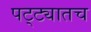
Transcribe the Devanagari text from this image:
पट्ट्यातच